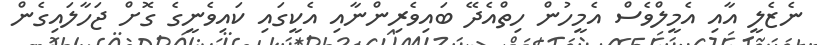
ނެޒެލީ އާއި އެމީލްވެސް އެމީހުން ހިތްއެދޭ ބައިވެރިންނާއި އެކީގައި ކައިވެނީގެ ގޮށް ޖަހާލައިގެން